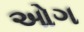
ઓગ